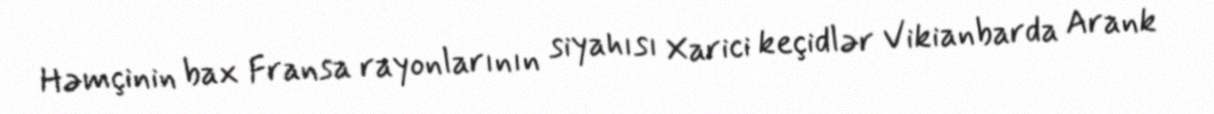
Həmçinin bax Fransa rayonlarının siyahısı Xarici keçidlər Vikianbarda Arank